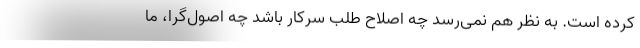
کرده است. به نظر هم نمی‌رسد چه اصلاح طلب سرکار باشد چه اصول‌گرا، ما